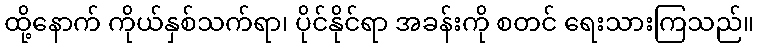
ထို့နောက် ကိုယ်နှစ်သက်ရာ၊ ပိုင်နိုင်ရာ အခန်းကို စတင် ရေးသားကြသည်။